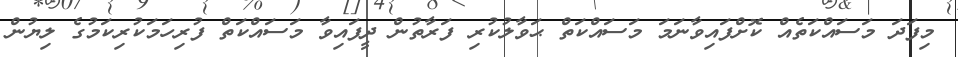
މިފަދަ މަސައްކަތެއް ކޮށްފައިވާނަމަ މަސައްކަތް ޙަވާލުކުރި ފަރާތުން ދީފައިވާ މަސައްކަތް ފުރިހަމަކުރިކަމުގެ ލިޔުން